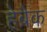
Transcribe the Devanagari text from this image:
हेब्रैक